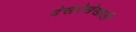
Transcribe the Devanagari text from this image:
देखरेखेखाली